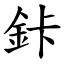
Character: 鉲